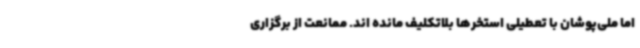
اما ملی‌پوشان با تعطیلی استخرها بلاتکلیف مانده اند. ممانعت از برگزاری